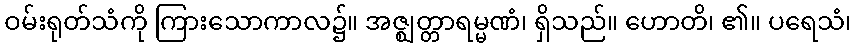
ဝမ်းရုတ်သံကို ကြားသောကာလ၌။ အဇ္ဈတ္တာရမ္မဏံ၊ ရှိသည်။ ဟောတိ၊ ၏။ ပရေသံ၊